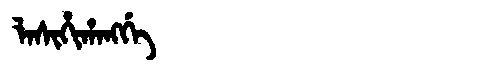
Manchu: ᠯᠠᠰᡳᡥᡳᡥᠠᠩᡤᡝ
Romanization: LASIHIHANGGE